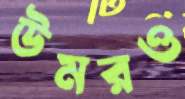
উমরও